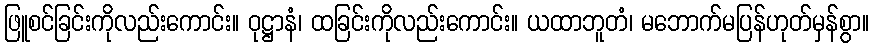
ဖြူစင်ခြင်းကိုလည်းကောင်း။ ဝုဋ္ဌာနံ၊ ထခြင်းကိုလည်းကောင်း။ ယထာဘူတံ၊ မဘောက်မပြန်ဟုတ်မှန်စွာ။